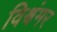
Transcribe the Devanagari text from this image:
विश्वंमर